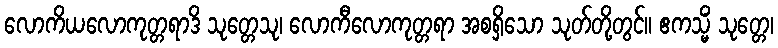
လောကိယလောကုတ္တရာဒိ သုတ္တေသု၊ လောကီလောကုတ္တရာ အစရှိသော သုတ်တို့တွင်။ ဧကသ္မိံ သုတ္တေ၊